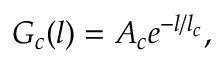
G _ { c } ( l ) = A _ { c } e ^ { - l / l _ { c } } ,